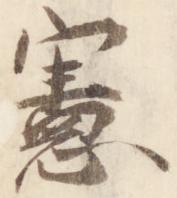
憲